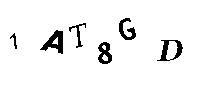
1AT8GD